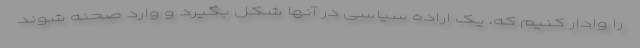
را وادار کنیم که، یک اراده سیاسی در آنها شکل بگیرد و وارد صحنه شوند